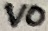
Text: VO